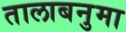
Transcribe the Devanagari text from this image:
तालाबनुमा